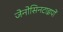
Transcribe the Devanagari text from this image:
जेनोसिनटाइपों